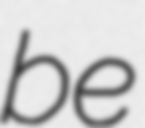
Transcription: be